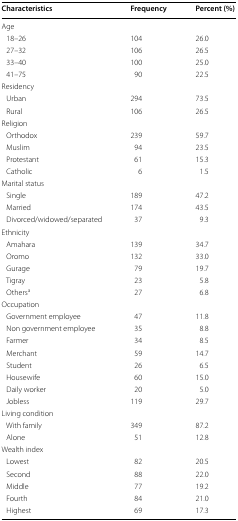
<table><thead><tr><td><b>Characteristics</b></td><td><b>Frequency</b></td><td><b>Percent (%)</b></td></tr></thead><tbody><tr><td colspan="3">Age</td></tr><tr><td> 18–26</td><td>104</td><td>26.0</td></tr><tr><td> 27–32</td><td>106</td><td>26.5</td></tr><tr><td> 33–40</td><td>100</td><td>25.0</td></tr><tr><td> 41–75</td><td>90</td><td>22.5</td></tr><tr><td colspan="3">Residency</td></tr><tr><td> Urban</td><td>294</td><td>73.5</td></tr><tr><td> Rural</td><td>106</td><td>26.5</td></tr><tr><td colspan="3">Religion</td></tr><tr><td> Orthodox</td><td>239</td><td>59.7</td></tr><tr><td> Muslim</td><td>94</td><td>23.5</td></tr><tr><td> Protestant</td><td>61</td><td>15.3</td></tr><tr><td> Catholic</td><td>6</td><td>1.5</td></tr><tr><td colspan="3">Marital status</td></tr><tr><td> Single</td><td>189</td><td>47.2</td></tr><tr><td> Married</td><td>174</td><td>43.5</td></tr><tr><td> Divorced/widowed/separated</td><td>37</td><td>9.3</td></tr><tr><td colspan="3">Ethnicity</td></tr><tr><td> Amahara</td><td>139</td><td>34.7</td></tr><tr><td> Oromo</td><td>132</td><td>33.0</td></tr><tr><td> Gurage</td><td>79</td><td>19.7</td></tr><tr><td> Tigray</td><td>23</td><td>5.8</td></tr><tr><td> Others<sup>a</sup></td><td>27</td><td>6.8</td></tr><tr><td colspan="3">Occupation</td></tr><tr><td> Government employee</td><td>47</td><td>11.8</td></tr><tr><td> Non government employee</td><td>35</td><td>8.8</td></tr><tr><td> Farmer</td><td>34</td><td>8.5</td></tr><tr><td> Merchant</td><td>59</td><td>14.7</td></tr><tr><td> Student</td><td>26</td><td>6.5</td></tr><tr><td> Housewife</td><td>60</td><td>15.0</td></tr><tr><td> Daily worker</td><td>20</td><td>5.0</td></tr><tr><td> Jobless</td><td>119</td><td>29.7</td></tr><tr><td colspan="3">Living condition</td></tr><tr><td> With family</td><td>349</td><td>87.2</td></tr><tr><td> Alone</td><td>51</td><td>12.8</td></tr><tr><td colspan="3">Wealth index</td></tr><tr><td> Lowest</td><td>82</td><td>20.5</td></tr><tr><td> Second</td><td>88</td><td>22.0</td></tr><tr><td> Middle</td><td>77</td><td>19.2</td></tr><tr><td> Fourth</td><td>84</td><td>21.0</td></tr><tr><td> Highest</td><td>69</td><td>17.3</td></tr></tbody></table>